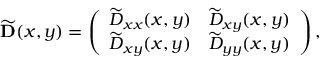
\widetilde { \mathbf { D } } ( x , y ) = \left( \begin{array} { l l } { \widetilde { D } _ { x x } ( x , y ) } & { \widetilde { D } _ { x y } ( x , y ) } \\ { \widetilde { D } _ { x y } ( x , y ) } & { \widetilde { D } _ { y y } ( x , y ) } \end{array} \right) ,